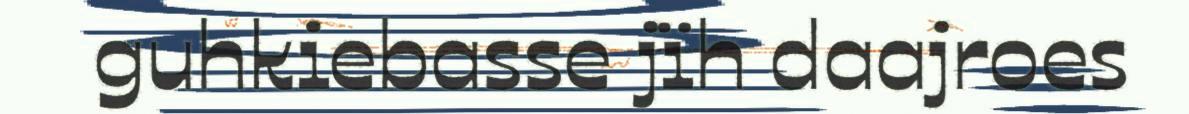
guhkiebasse jïh daajroes